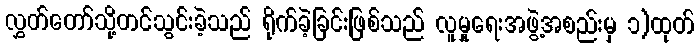
လွှတ်တော်သို့တင်သွင်းခဲ့သည် ရိုက်ခဲ့ခြင်းဖြစ်သည် လူမှုရေးအဖွဲ့အစည်းမှ ၁)ထုတ်